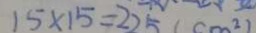
1 5 \times 1 5 = 2 2 5 ( c m ^ { 2 } )